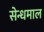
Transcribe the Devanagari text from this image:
सेन्धमाल